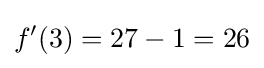
f'(3)=27-1=26